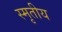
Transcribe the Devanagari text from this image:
स्मृतीय